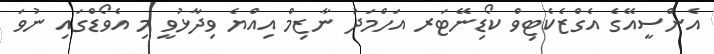
އެންސީއޭގެ އެގްޒެކެޓިވް ކޯޑިނޭޓަރ އަހްމަދު ނާޒިމް އިއްޔެ ވިދާޅުވީ މި އެވޯޑްގައި ނުވަ